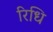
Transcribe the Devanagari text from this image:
रिधि